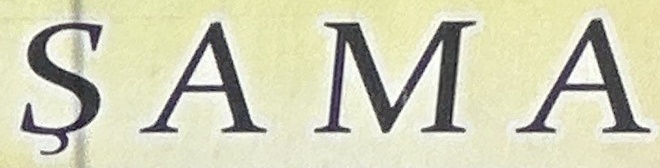
SAMA